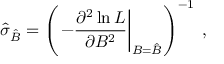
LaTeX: \hat { \sigma } _ { \hat { { \cal B } } } = \left( \left. - \frac { \partial ^ { 2 } \ln L } { \partial { \cal B } ^ { 2 } } \right| _ { { \cal B } = \hat { { \cal B } } } \right) ^ { - 1 } \; ,